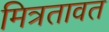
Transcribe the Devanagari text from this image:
मित्रतावत